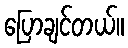
ပြောချင်တယ်။